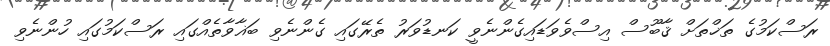
ރަސްކަމުގެ ތަޚްތަށް ޤާބޫސް އިސްވެވަޑައިގެންނެވީ ކަނޑުވަރު ތެރޭގައި ގެންނެވި ބަޣާވާތެއްގައި ރަސްކަމުގައި ހުންނެވި